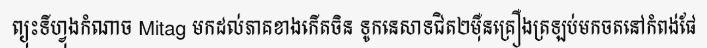
ព្យុះទីហ្វុងកំណាច Mitag មកដល់ភាគខាងកើតចិន ទូកនេសាទជិត២ម៉ឺនគ្រឿងត្រឡប់មកចតនៅកំពង់ផែ